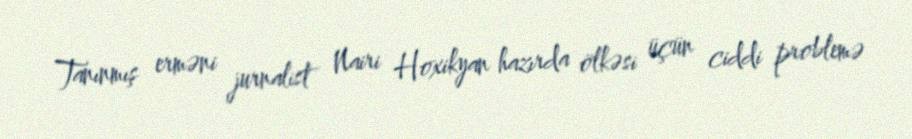
Tanınmış erməni jurnalist Nairi Hoxikyan hazırda ölkəsi üçün ciddi problemə